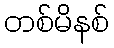
တစ်မိနစ်